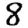
Digit: 8